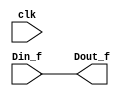
module dff  #(parameter REG_WIDTH = 32)(Din_f , clk , Dout_f) ;
	 input [REG_WIDTH-1 : 0 ]Din_f;   
     input clk ;   
  output reg [REG_WIDTH-1 : 0 ]Dout_f  ;  
  initial Dout_f = 0;
    
    
 	// posedge clk
  always @ (*) begin 
			 Dout_f <= Din_f  ;  

    end 
          
endmodule